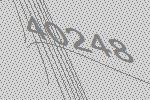
40248